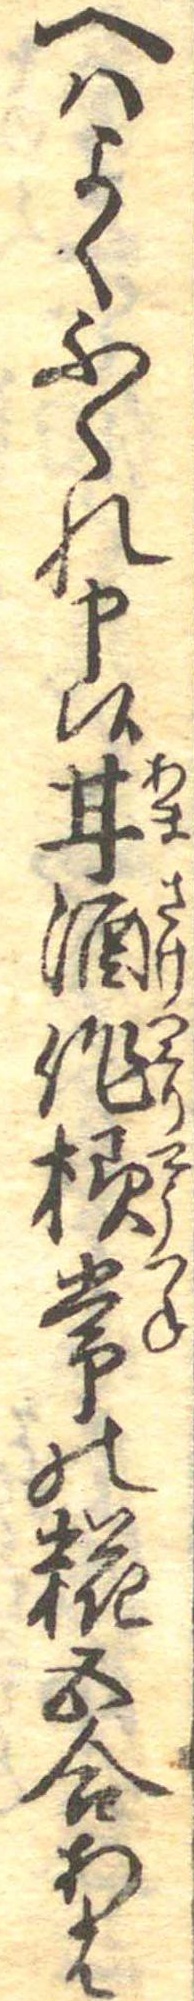
へはよくふくれ申候甘酒作様常の糀五合あは